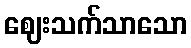
ဈေးသက်သာသော